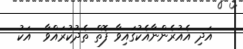
އަދި އެއުރެންނާއެކުގައިވާ ފޮތް ތެދުކުރައްވާ  އަކު